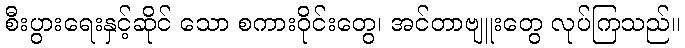
စီးပွားရေးနှင့်ဆိုင် သော စကားဝိုင်းတွေ၊ အင်တာဗျူးတွေ လုပ်ကြသည်။